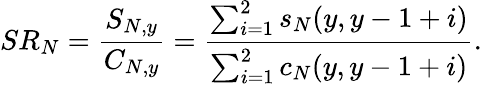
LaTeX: SR_{N}=\frac{S_{N,y}}{C_{N,y}}=\frac{\sum_{i=1}^{2}s_{N}(y,y-1+i)}{\sum_{i=1}^{2}c_{N}(y,y-1+i)}.